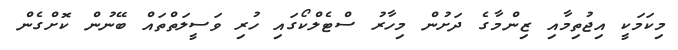
މިކަމަކީ އިޖުތިމާއި ޒިންމާގެ ދަށުން މިހާރު ސްޓެލްކޯގައި ހުރި ވަސީލަތްތައް ބޭނުން ކޮށްގެން